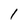
Character: 1